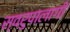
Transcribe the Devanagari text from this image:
स्वरुपालागी